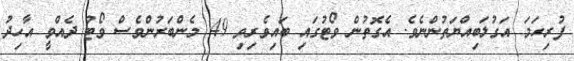
ފުރިހަމަ އަގުލަބިއްޔަތުންނެވެ. އެގޮތުން ވޯޓުގައި ބައިވެރިވި 49 މެންބަރުންވެސް ވޯޓު ދެއްވީ އާހިދު